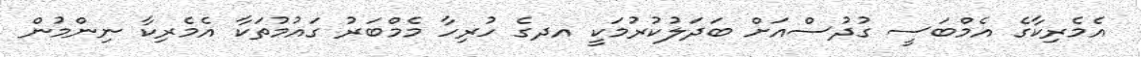
އެމެރިކާގެ އެމްބަސީ ގުދުސްއަށް ބަދަލުކުރުމަކީ އދގެ ހުރިހާ މެމްބަރު ގައުމުތަކާ އެމެރިކާ ނިންމުން